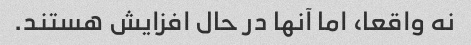
نه واقعا، اما آنها در حال افزایش هستند.